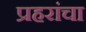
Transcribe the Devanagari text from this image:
प्रहरांचा